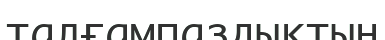
талғампаздықтың